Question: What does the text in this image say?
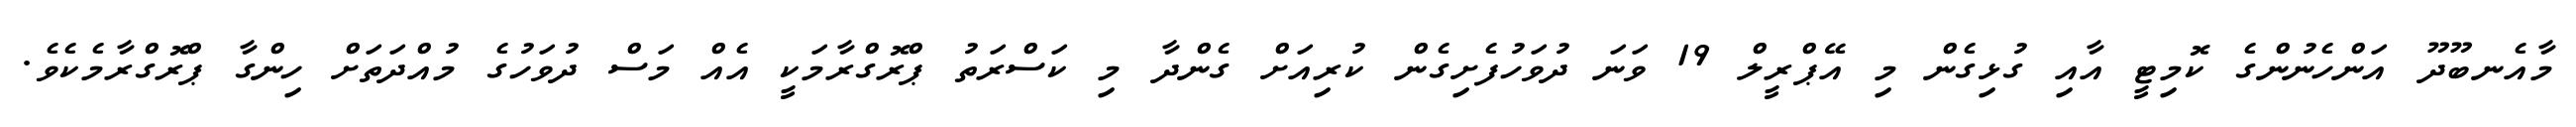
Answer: މާއެނބޫދޫ އަންހެނުންގެ ކޮމިޓީ އާއި ގުޅިގެން މި އޭޕްރީލް 19 ވަނަ ދުވަހުފެށިގެން ކުރިއަށް ގެންދާ މި ކަސްރަތު ޕްރޮގްރާމަކީ އެއް މަސް ދުވަހުގެ މުއްދަތަށް ހިންގާ ޕްރޮގްރާމެކެވެ.